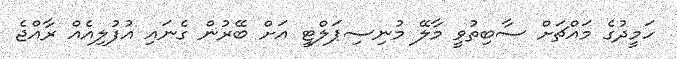
ހަމީދުގެ މައްޗަށް ސާބިތުވީ މާލޭ މުނިސިޕަލްޓީ އަށް ބޭރުން ގެނައި އުފުލިއެއް ރާއްޖެ